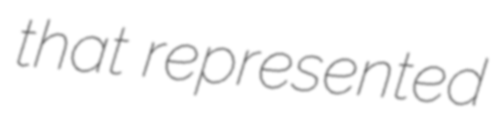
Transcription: that represented